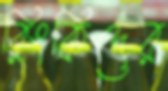
রিংকিদের